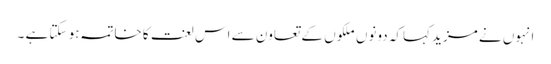
انہوں نے مزید کہاکہ دونوں ملکوں کے تعاون سے اس لعنت کا خاتمہ ہو سکتا ہے ۔